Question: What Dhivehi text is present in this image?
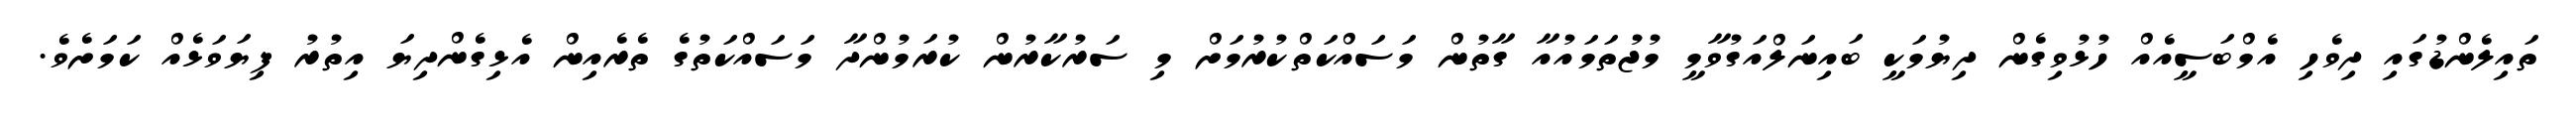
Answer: ތައިލެންޑުގައި ދިވެހި އެމްބަސީއެއް ހުޅުވިގެން ދިޔުމަކީ ބައިނަލްއަގުވާމީ މުޖުތަމައުއާ ގާތުން މަސައްކަތްކުރުމަށް މި ސަރުކާރުން ކުރަމުންދާ މަސައްކަތުގެ ތެރެއިން އެޅިގެންދިޔަ އިތުރު ފިޔަވަޅެއް ކަމަށެވެ.